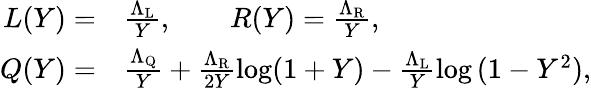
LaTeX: \begin{array}{rl}{L(Y)=}&{\frac{\Lambda_{\mathrm{L}}}{Y},\qquad R(Y)=\frac{\Lambda_{\mathrm{R}}}{Y},}\\ {Q(Y)=}&{\frac{\Lambda_{\mathrm{Q}}}{Y}+\frac{\Lambda_{\mathrm{R}}}{2Y}\log(1+Y)-\frac{\Lambda_{\mathrm{L}}}{Y}\log{(1-Y^{2})},}\end{array}